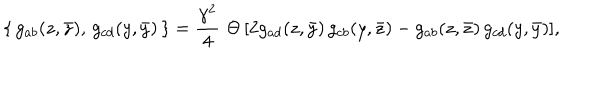
\{ \, g _ { a b } ( z , \bar { z } ) , \, g _ { c d } ( y , \bar { y } ) \, \} = \frac { \gamma ^ { 2 } } { 4 } \, \, \Theta \, [ 2 g _ { a d } ( z , \bar { y } ) \, g _ { c b } ( y , \bar { z } ) - g _ { a b } ( z , \bar { z } ) \, g _ { c d } ( y , \bar { y } ) ] ,